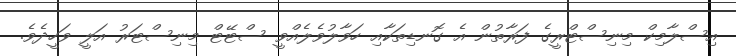
އިސްލާމިކް މިނިސްޓްރީގެ ފަރާތުން އެ ގޮނޑިތަކާއި ހަވާލުވެލެއްވީ ސްޓޭޓް މިނިސްޓަރު އަލީ ވަހީދެވެ.